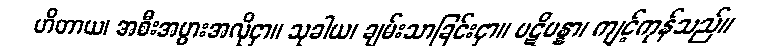
ဟိတာယ၊ အစီးအပွားအလိုငှာ။ သုခါယ၊ ချမ်းသာခြင်းငှာ။ ပဋိပန္နာ၊ ကျင့်ကုန်သည်။